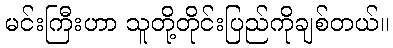
မင်းကြီးဟာ သူတို့တိုင်းပြည်ကိုချစ်တယ်။